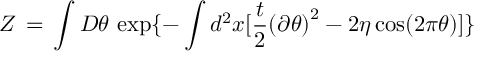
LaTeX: { \cal Z } \, = \, \int { \cal D } \theta \, \exp \{ - \int d ^ { 2 } x [ \frac { t } { 2 } { ( \partial \theta ) } ^ { 2 } - 2 \eta \cos ( 2 \pi \theta ) ] \}